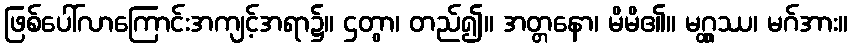
ဖြစ်ပေါ်လာကြောင်းအကျင့်အရာ၌။ ဌတွာ၊ တည်၍။ အတ္တနော၊ မိမိ၏။ မဂ္ဂ္ထဿ၊ မဂ်အား။